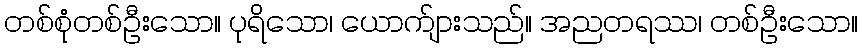
တစ်စုံတစ်ဦးသော။ ပုရိသော၊ ယောက်ျားသည်။ အညတရဿ၊ တစ်ဦးသော။